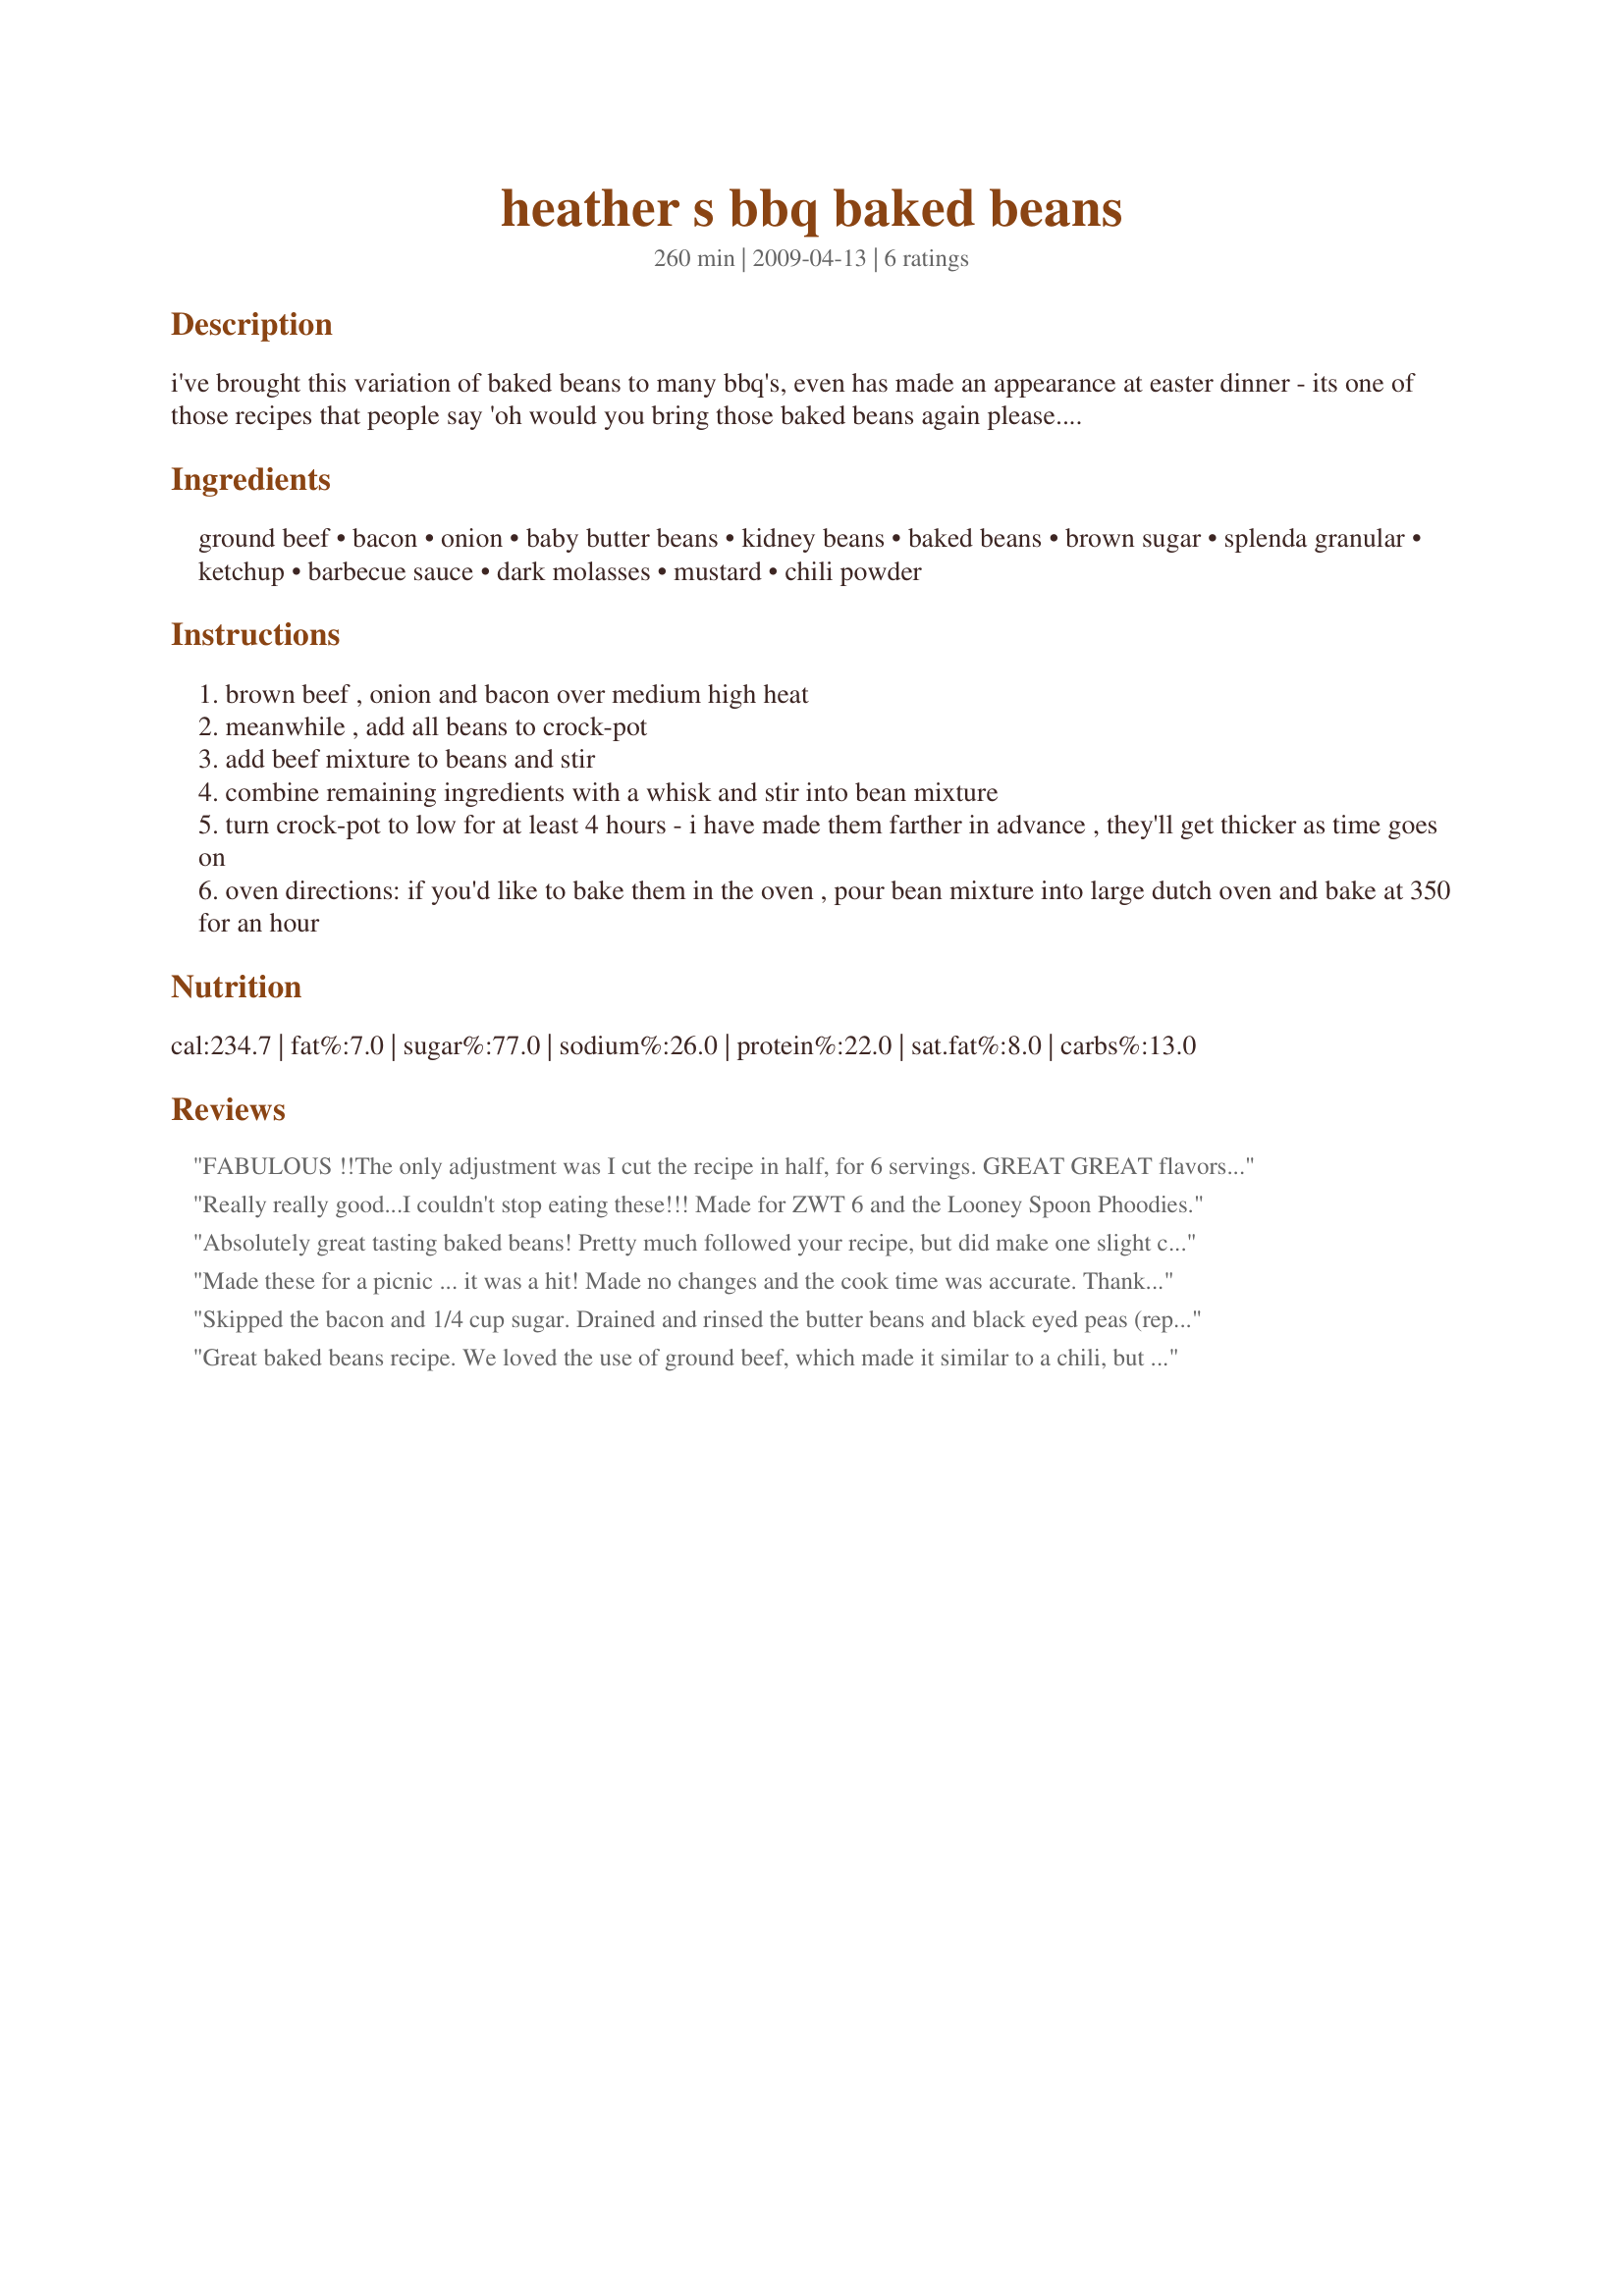
heather s bbq baked beans
Preparation time: 260 minutes

i've brought this variation of baked beans to many bbq's, even has made an appearance at easter dinner - its one of those recipes that people say 'oh would you bring those baked beans again please.' i always make them in the crock-pot, but have included instructions for oven too. leftovers re-heat very well.

Ingredients:
ground beef, bacon, onion, baby butter beans, kidney beans, baked beans, brown sugar, splenda granular, ketchup, barbecue sauce, dark molasses, mustard, chili powder

Steps:
brown beef , onion and bacon over medium high heat
meanwhile , add all beans to crock-pot
add beef mixture to beans and stir
combine remaining ingredients with a whisk and stir into bean mixture
turn crock-pot to low for at least 4 hours - i have made them farther in advance , they'll get thicker as time goes on
oven directions: if you'd like to bake them in the oven , pour bean mixture into large dutch oven and bake at 350 for an hour

Reviews:
FABULOUS !!The only adjustment was I cut the recipe in half, for 6 servings. GREAT GREAT flavors, and I did make them in my crockpot. I used baked beans and hickory BBQ sauce. Made for PRMR tag.
Really really good...I couldn't stop eating these!!! Made for ZWT 6 and the Looney Spoon Phoodies.
Absolutely great tasting baked beans! Pretty much followed your recipe, but did make one slight change & added a procedure ~ I substituted bacon bits for the slices of bacon & I also rinsed both the butter & the kidney beans before adding them to the mix! Definitely a winner of a recipe! [Tagged & made in Please Review My Recipe]
Made these for a picnic ... it was a hit! Made no changes and the cook time was accurate. Thanks for sending this one along.
Skipped the bacon and 1/4 cup sugar. Drained and rinsed the butter beans and black eyed peas (replacing the kidney beans)to remove excess sodium. This is sweet and rich. Recipe #368461 was used for the BBQ sauce. Made for ZWT6 Thanks.
Great baked beans recipe. We loved the use of ground beef, which made it similar to a chili, but with the sweetness of baked beans. Thanks for sharing the recipe. :)
